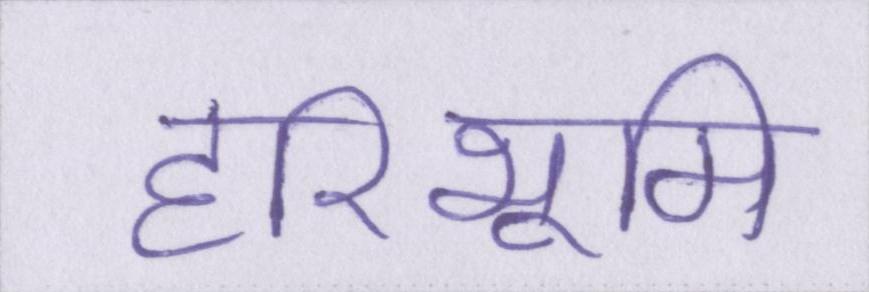
हरिभूमि